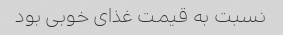
نسبت به قیمت غذای خوبی بود